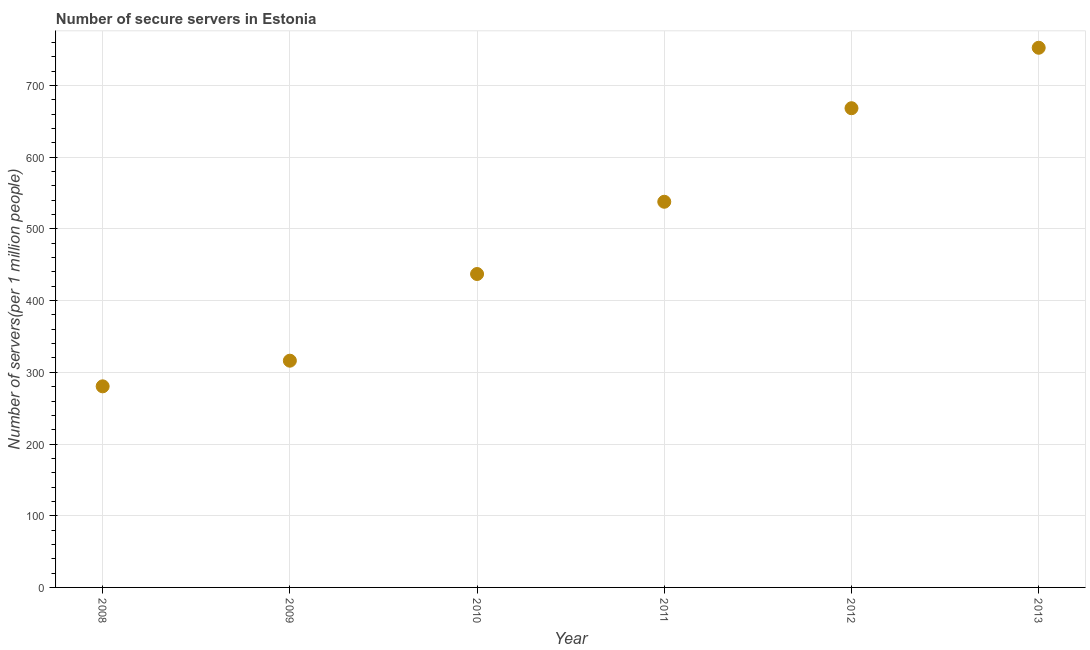
| Year | Secure Internet servers |
 | --- | --- |
 | 2008 | 280 |
 | 2009 | 316 |
 | 2010 | 437 |
 | 2011 | 538 |
 | 2012 | 668 |
 | 2013 | 753 |